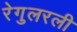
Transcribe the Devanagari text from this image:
रेगुलरली